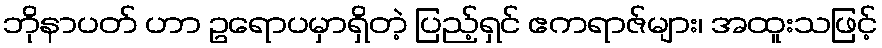
ဘိုနာပတ် ဟာ ဥရောပမှာရှိတဲ့ ပြည့်ရှင် ဧကရာဇ်များ၊ အထူးသဖြင့်